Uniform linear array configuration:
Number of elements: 4
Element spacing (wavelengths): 0.5
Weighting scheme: cosine
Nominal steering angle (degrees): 30
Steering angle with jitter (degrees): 31.181
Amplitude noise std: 0.05
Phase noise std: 0.05

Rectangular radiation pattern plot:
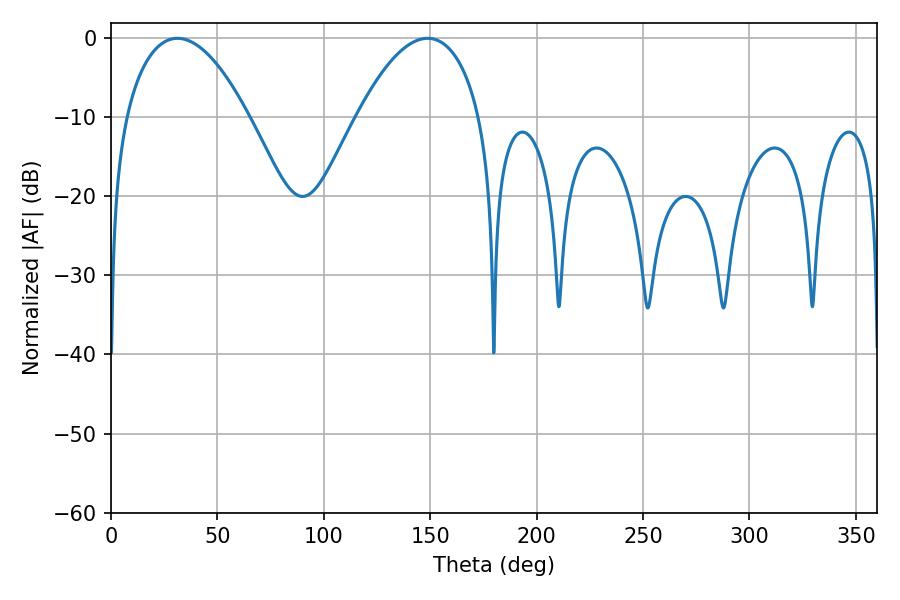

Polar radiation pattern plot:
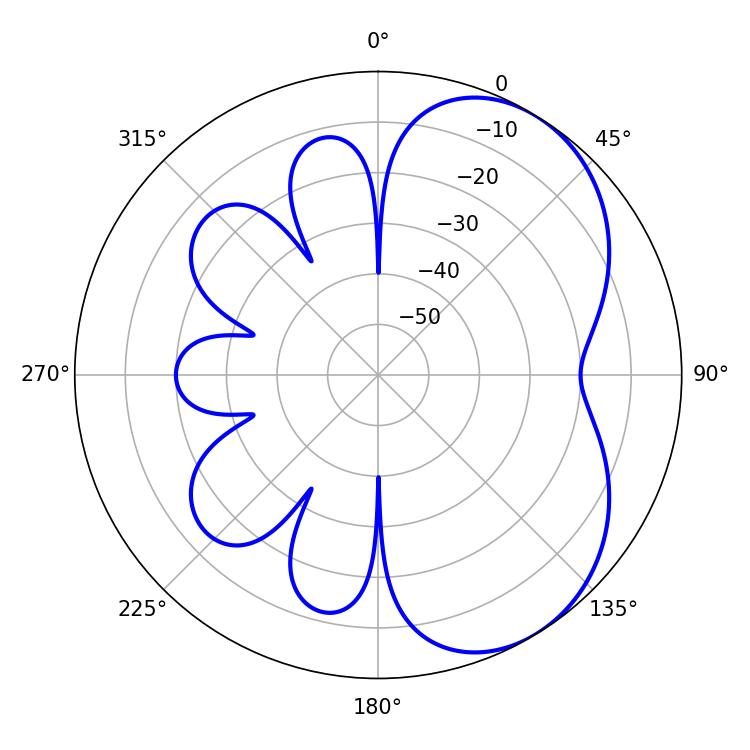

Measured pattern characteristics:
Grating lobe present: FALSE
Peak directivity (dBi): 5.052
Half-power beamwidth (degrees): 32.22
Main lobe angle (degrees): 31.14